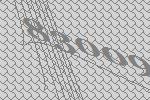
83009